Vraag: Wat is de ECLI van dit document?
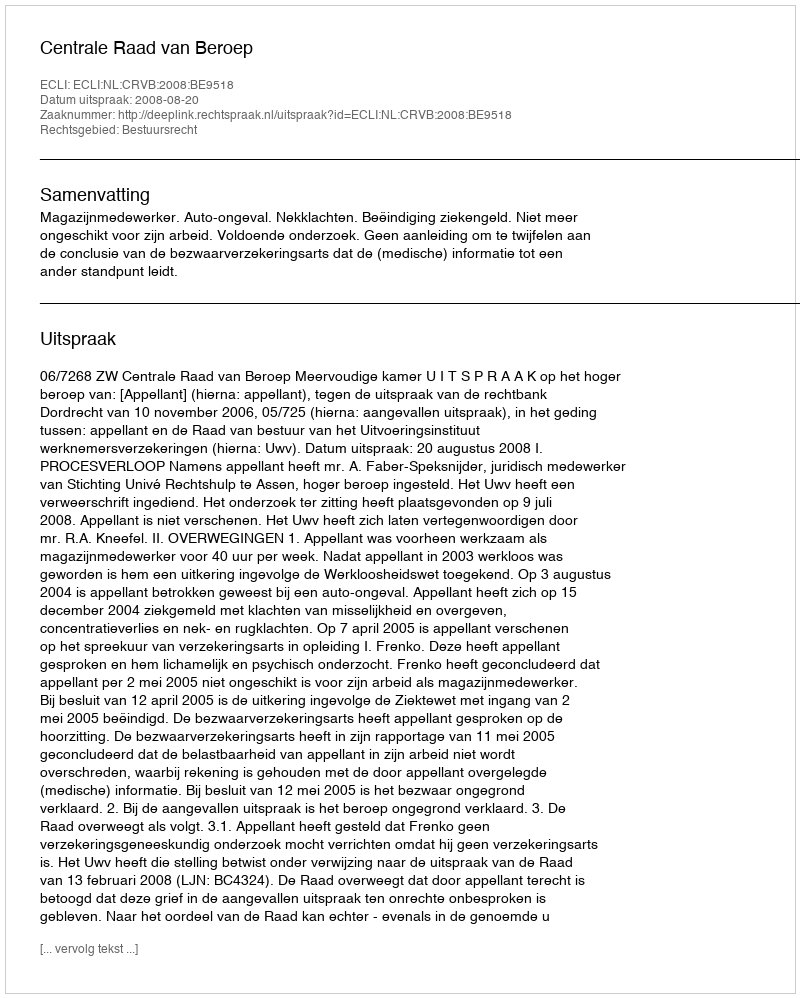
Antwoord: ECLI:NL:CRVB:2008:BE9518